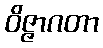
ဝိဇ္ဇာဂတာ